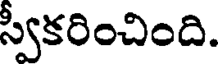
స్వీకరించింది.